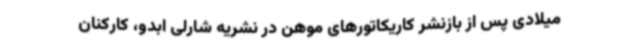
میلادی پس از بازنشر کاریکاتورهای موهن در نشریه شارلی ابدو، کارکنان